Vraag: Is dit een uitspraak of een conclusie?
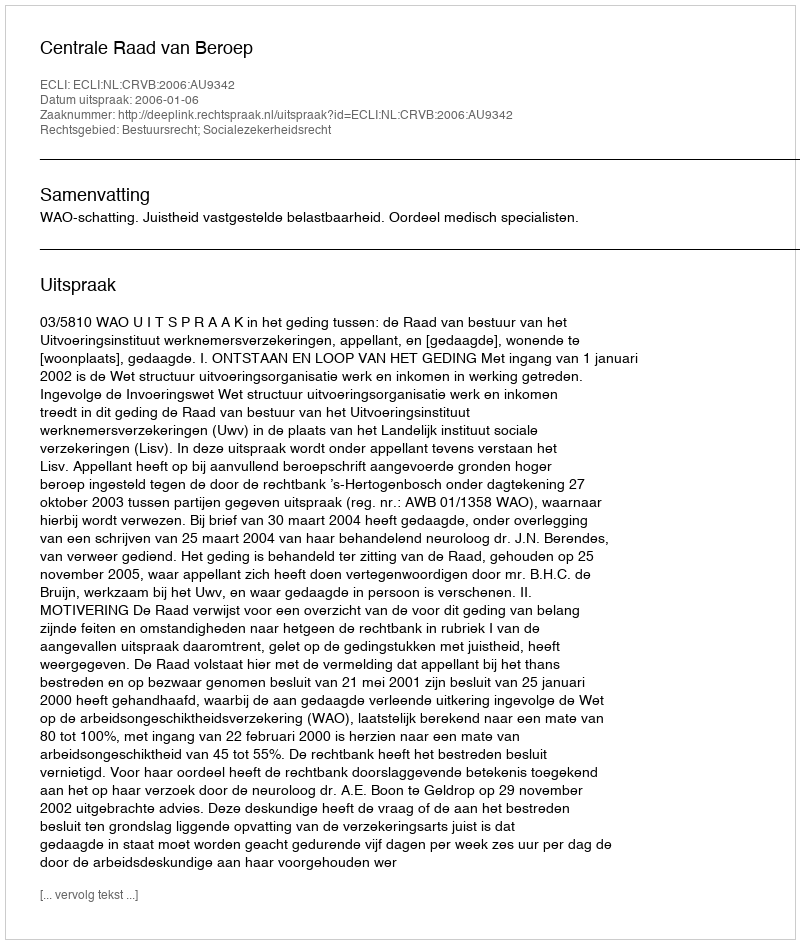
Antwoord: Uitspraak